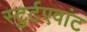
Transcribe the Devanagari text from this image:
स्टुर्टएवांट